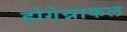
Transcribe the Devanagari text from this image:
होगेन्नाकल